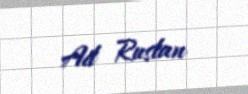
Ad Ruslan